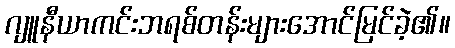
ဂျူနီယာကင်းဘရစ်တန်းများအောင်မြင်ခဲ့၏။